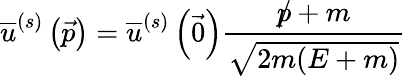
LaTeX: {\overline{{u}}}^{(s)}\left({\vec{p}}\right)={\overline{{u}}}^{(s)}\left({\vec{0}}\right){\frac{{p\! \! \! /}+m}{\sqrt{2m(E+m)}}}